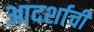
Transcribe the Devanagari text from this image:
आदर्शाची